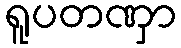
ရူပတဏှာ